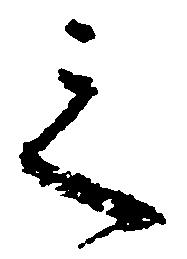
之